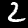
Label: 2